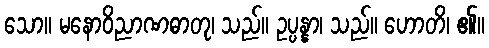
သော။ မနောဝိညာဏဓာတု၊ သည်။ ဥပ္ပန္နာ၊ သည်။ ဟောတိ၊ ၏။